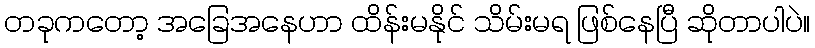
တခုကတော့ အခြေအနေဟာ ထိန်းမနိုင် သိမ်းမရ ဖြစ်နေပြီ ဆိုတာပါပဲ။